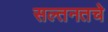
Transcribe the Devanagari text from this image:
सल्तनतचे